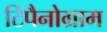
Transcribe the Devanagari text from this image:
टिंपैनोग्राम